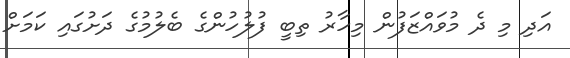
އަދި މި ދެ މުވައްޒަފުން މިހާރު ތިބީ ފުލުހުންގެ ބެލުމުގެ ދަށުގައި ކަމަށް